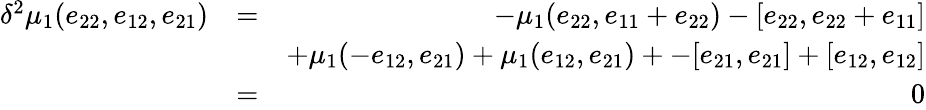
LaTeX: \begin{array}{rlr}{\delta^{2}\mu_{1}(e_{22},e_{12},e_{21})}&{=}&{-\mu_{1}(e_{22},e_{11}+e_{22})-[e_{22},e_{22}+e_{11}]}\\ &{}&{+\mu_{1}(-e_{12},e_{21})+\mu_{1}(e_{12},e_{21})+-[e_{21},e_{21}]+[e_{12},e_{12}]}\\ &{=}&{0}\end{array}